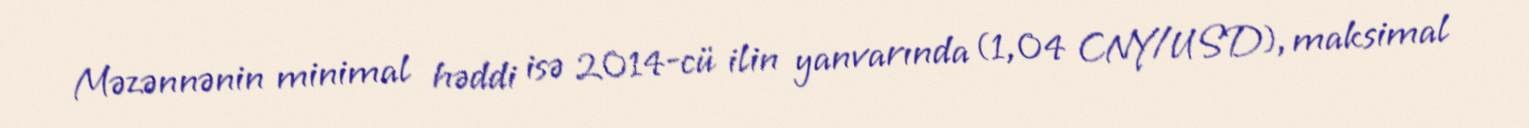
Məzənnənin minimal həddi isə 2014-cü ilin yanvarında (1,04 CNY/USD), maksimal